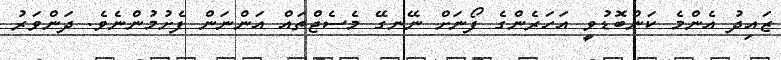
ޒައިދު އެންމެ ކަންބޮޑުވީ އަހަރެންގެ ފޯނަށް ނޭނގޭ މެސެޖްތައް އަންނަން ފެށުމުންނެވެ. ދަންވަރު